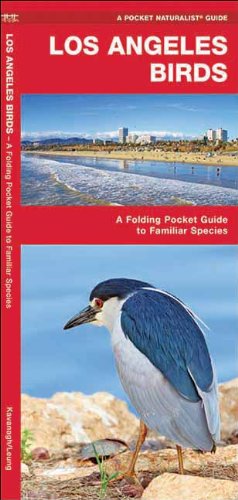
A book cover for Los Angeles Birds: A Folding Pocket Guide to Familiar Species (Pocket Naturalist Guide Series); James Kavanagh; Travel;